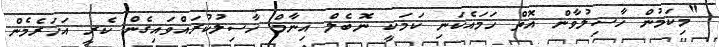
"މިކަމުން ހާސިލުވާން އޮތް ހަމައެކަނި ކަމަކީ ނޮބެލް އިނާމް ހާސިލުކުރައްވައިގެން ކެރީ އަހަރެމެން